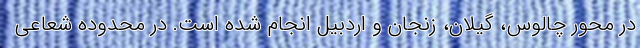
در محور چالوس، گیلان، زنجان و اردبیل انجام شده است. در محدوده شعاعی